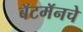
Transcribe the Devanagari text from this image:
बॅटमॅनचे